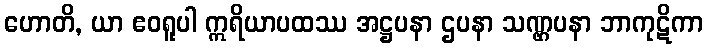
ဟောတိ, ယာ ဧဝရူပါ ဣရိယာပထဿ အဋ္ဌပနာ ဌပနာ သဏ္ဌပနာ ဘာကုဋိကာ